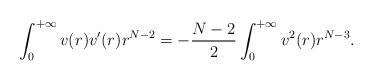
LaTeX: \begin{align*}\int_0^{+\infty}v(r)v'(r)r^{N-2}=-\frac{N-2}2\int_0^{+\infty}v^2(r)r^{N-3}.\end{align*}